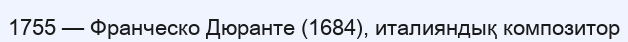
1755 — Франческо Дюранте (1684), италияндық композитор